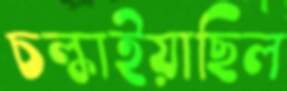
চল্‌কাইয়াছিল